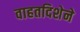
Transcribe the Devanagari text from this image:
वाहतदिशेने